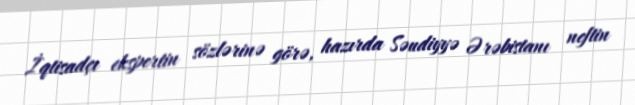
İqtisadçı ekspertin sözlərinə görə, hazırda Səudiyyə Ərəbistanı neftin